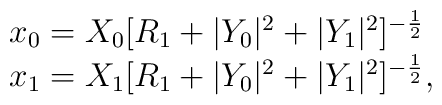
\begin{array}{lcr}x_0=X_0[R_1+|Y_0|^2+|Y_1|^2]^{-{1\over2}}\\x_1=X_1[R_1+|Y_0|^2+|Y_1|^2]^{-{1\over2}},\end{array}